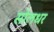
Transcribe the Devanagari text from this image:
सोलधर